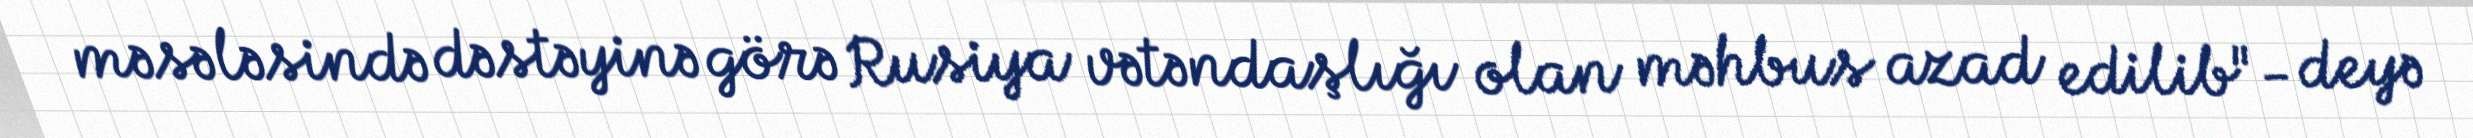
məsələsində dəstəyinə görə Rusiya vətəndaşlığı olan məhbus azad edilib"- deyə